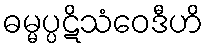
ဓမ္မပ္ပဋိသံဝေဒီဟိ